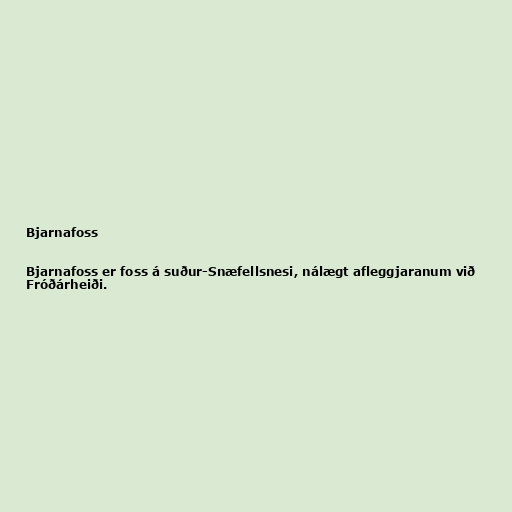
Bjarnafoss

Bjarnafoss er foss á suður-Snæfellsnesi, nálægt afleggjaranum við
Fróðárheiði.